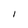
Character: I